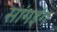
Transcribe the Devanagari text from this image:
सांगइंग